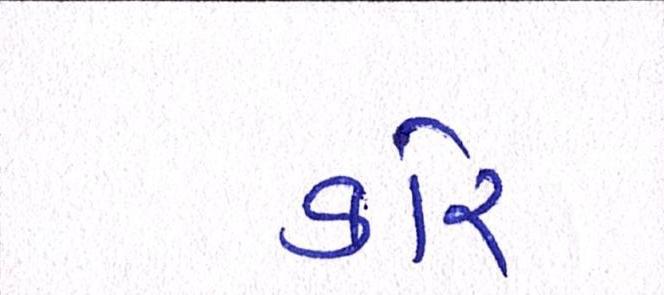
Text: કોર